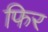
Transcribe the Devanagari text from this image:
फिर